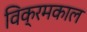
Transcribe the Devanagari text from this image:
विक्रमकाल